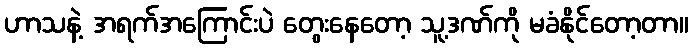
ဟာသနဲ့ အရက်အကြောင်းပဲ တွေးနေတော့ သူ့ဒဏ်ကို မခံနိုင်တော့တာ။